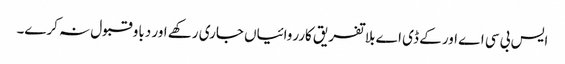
ایس بی سی اے اور کے ڈی اے بلا تفریق کارروائیاں جاری رکھے اور دباو قبول نہ کرے۔